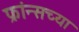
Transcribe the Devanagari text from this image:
फ्रांन्सच्या